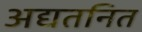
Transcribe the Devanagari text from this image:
अद्यतनित